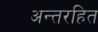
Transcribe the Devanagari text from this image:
अन्तरहित